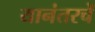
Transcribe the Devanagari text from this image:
यानंतरचें